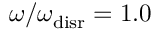
{ \omega / \omega _ { \mathrm { d i s r } } = 1 . 0 }